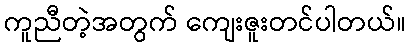
ကူညီတဲ့အတွက် ကျေးဇူးတင်ပါတယ်။